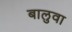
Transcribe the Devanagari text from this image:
बालुवा